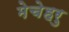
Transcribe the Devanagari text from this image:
मेचेहरु